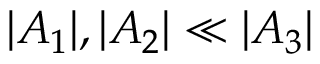
| A _ { 1 } | , | A _ { 2 } | \ll | A _ { 3 } |